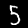
Label: 5